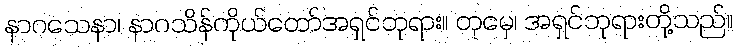
နာဂသေနာ၊ နာဂသိန်ကိုယ်တော်အရှင်ဘုရား။ တုမှေ၊ အရှင်ဘုရားတို့သည်။